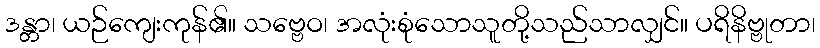
ဒန္တာ၊ ယဉ်ကျေးကုန်၏။ သဗ္ဗေဝ၊ အလုံးစုံသောသူတို့သည်သာလျှင်။ ပရိနိဗ္ဗုတာ၊